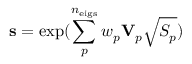
\mathbf { s } = \exp ( { \sum _ { p } ^ { n _ { \mathrm { e i g s } } } w _ { p } \mathbf { V } _ { p } \sqrt { S _ { p } } } )